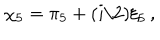
LaTeX: \chi _ { 5 } = \pi _ { 5 } + ( i / 2 ) \xi _ { 5 } \, ,